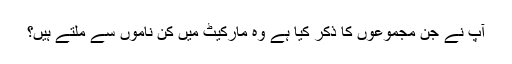
آپ نے جن مجموعوں کا ذکر کیا ہے وہ مارکیٹ میں کن ناموں سے ملتے ہیں؟